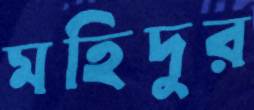
মহিদুর